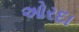
ઓરદા